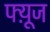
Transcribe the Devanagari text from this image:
फ्य़ूज